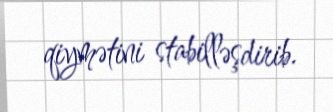
qiymətini stabilləşdirib.